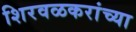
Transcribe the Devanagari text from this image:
शिरवळकरांच्या